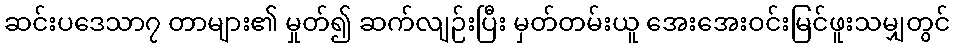
ဆင်းပဒေသာ၇ တာများ၏ မှုတ်၍ ဆက်လျဉ်းပြီး မှတ်တမ်းယူ အေးအေးဝင်းမြင်ဖူးသမျှတွင်